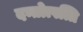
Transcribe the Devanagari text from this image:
दन्तोत्पत्ति